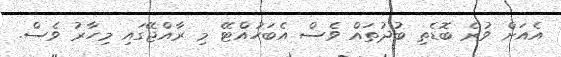
އެއަށް ވުރެ ބޮޑެތި ބުދުތައް ވެސް އެބަހުއްޓޭ މި ރާއްޖޭގައި މިހާރު ވެސް.